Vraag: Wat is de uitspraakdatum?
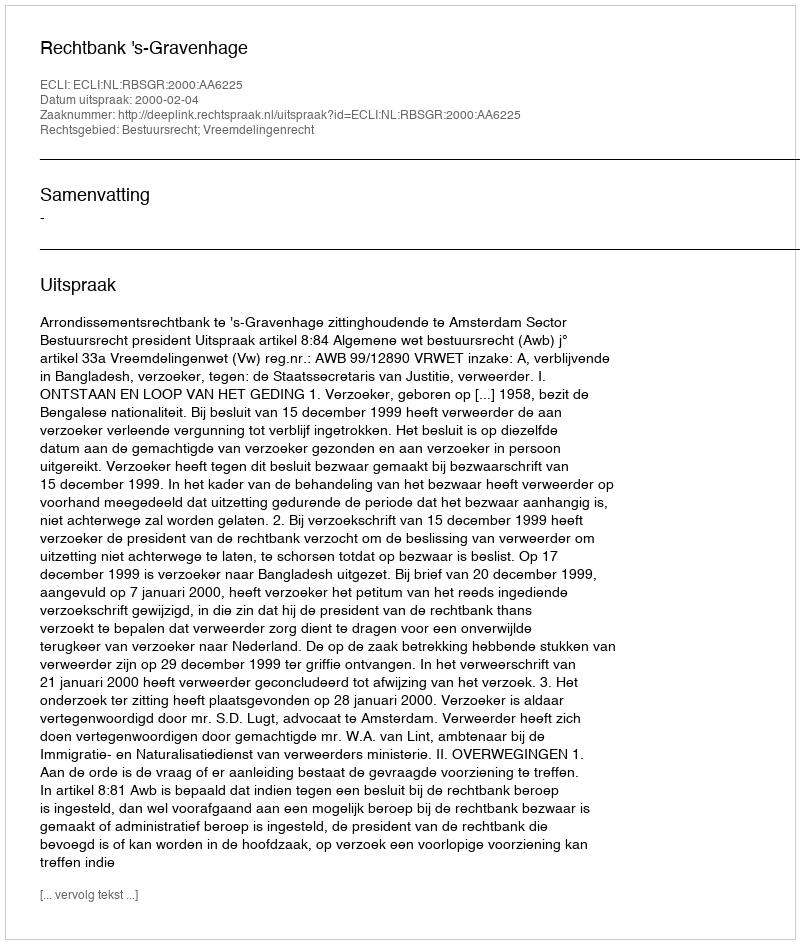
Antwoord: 2000-02-04